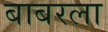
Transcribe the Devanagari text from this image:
बाबरला